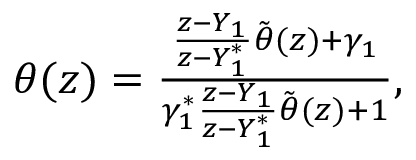
\begin{array} { r } { \theta ( z ) = \frac { \frac { z - Y _ { 1 } } { z - Y _ { 1 } ^ { * } } \tilde { \theta } ( z ) + \gamma _ { 1 } } { \gamma _ { 1 } ^ { * } \frac { z - Y _ { 1 } } { z - Y _ { 1 } ^ { * } } \tilde { \theta } ( z ) + 1 } , } \end{array}